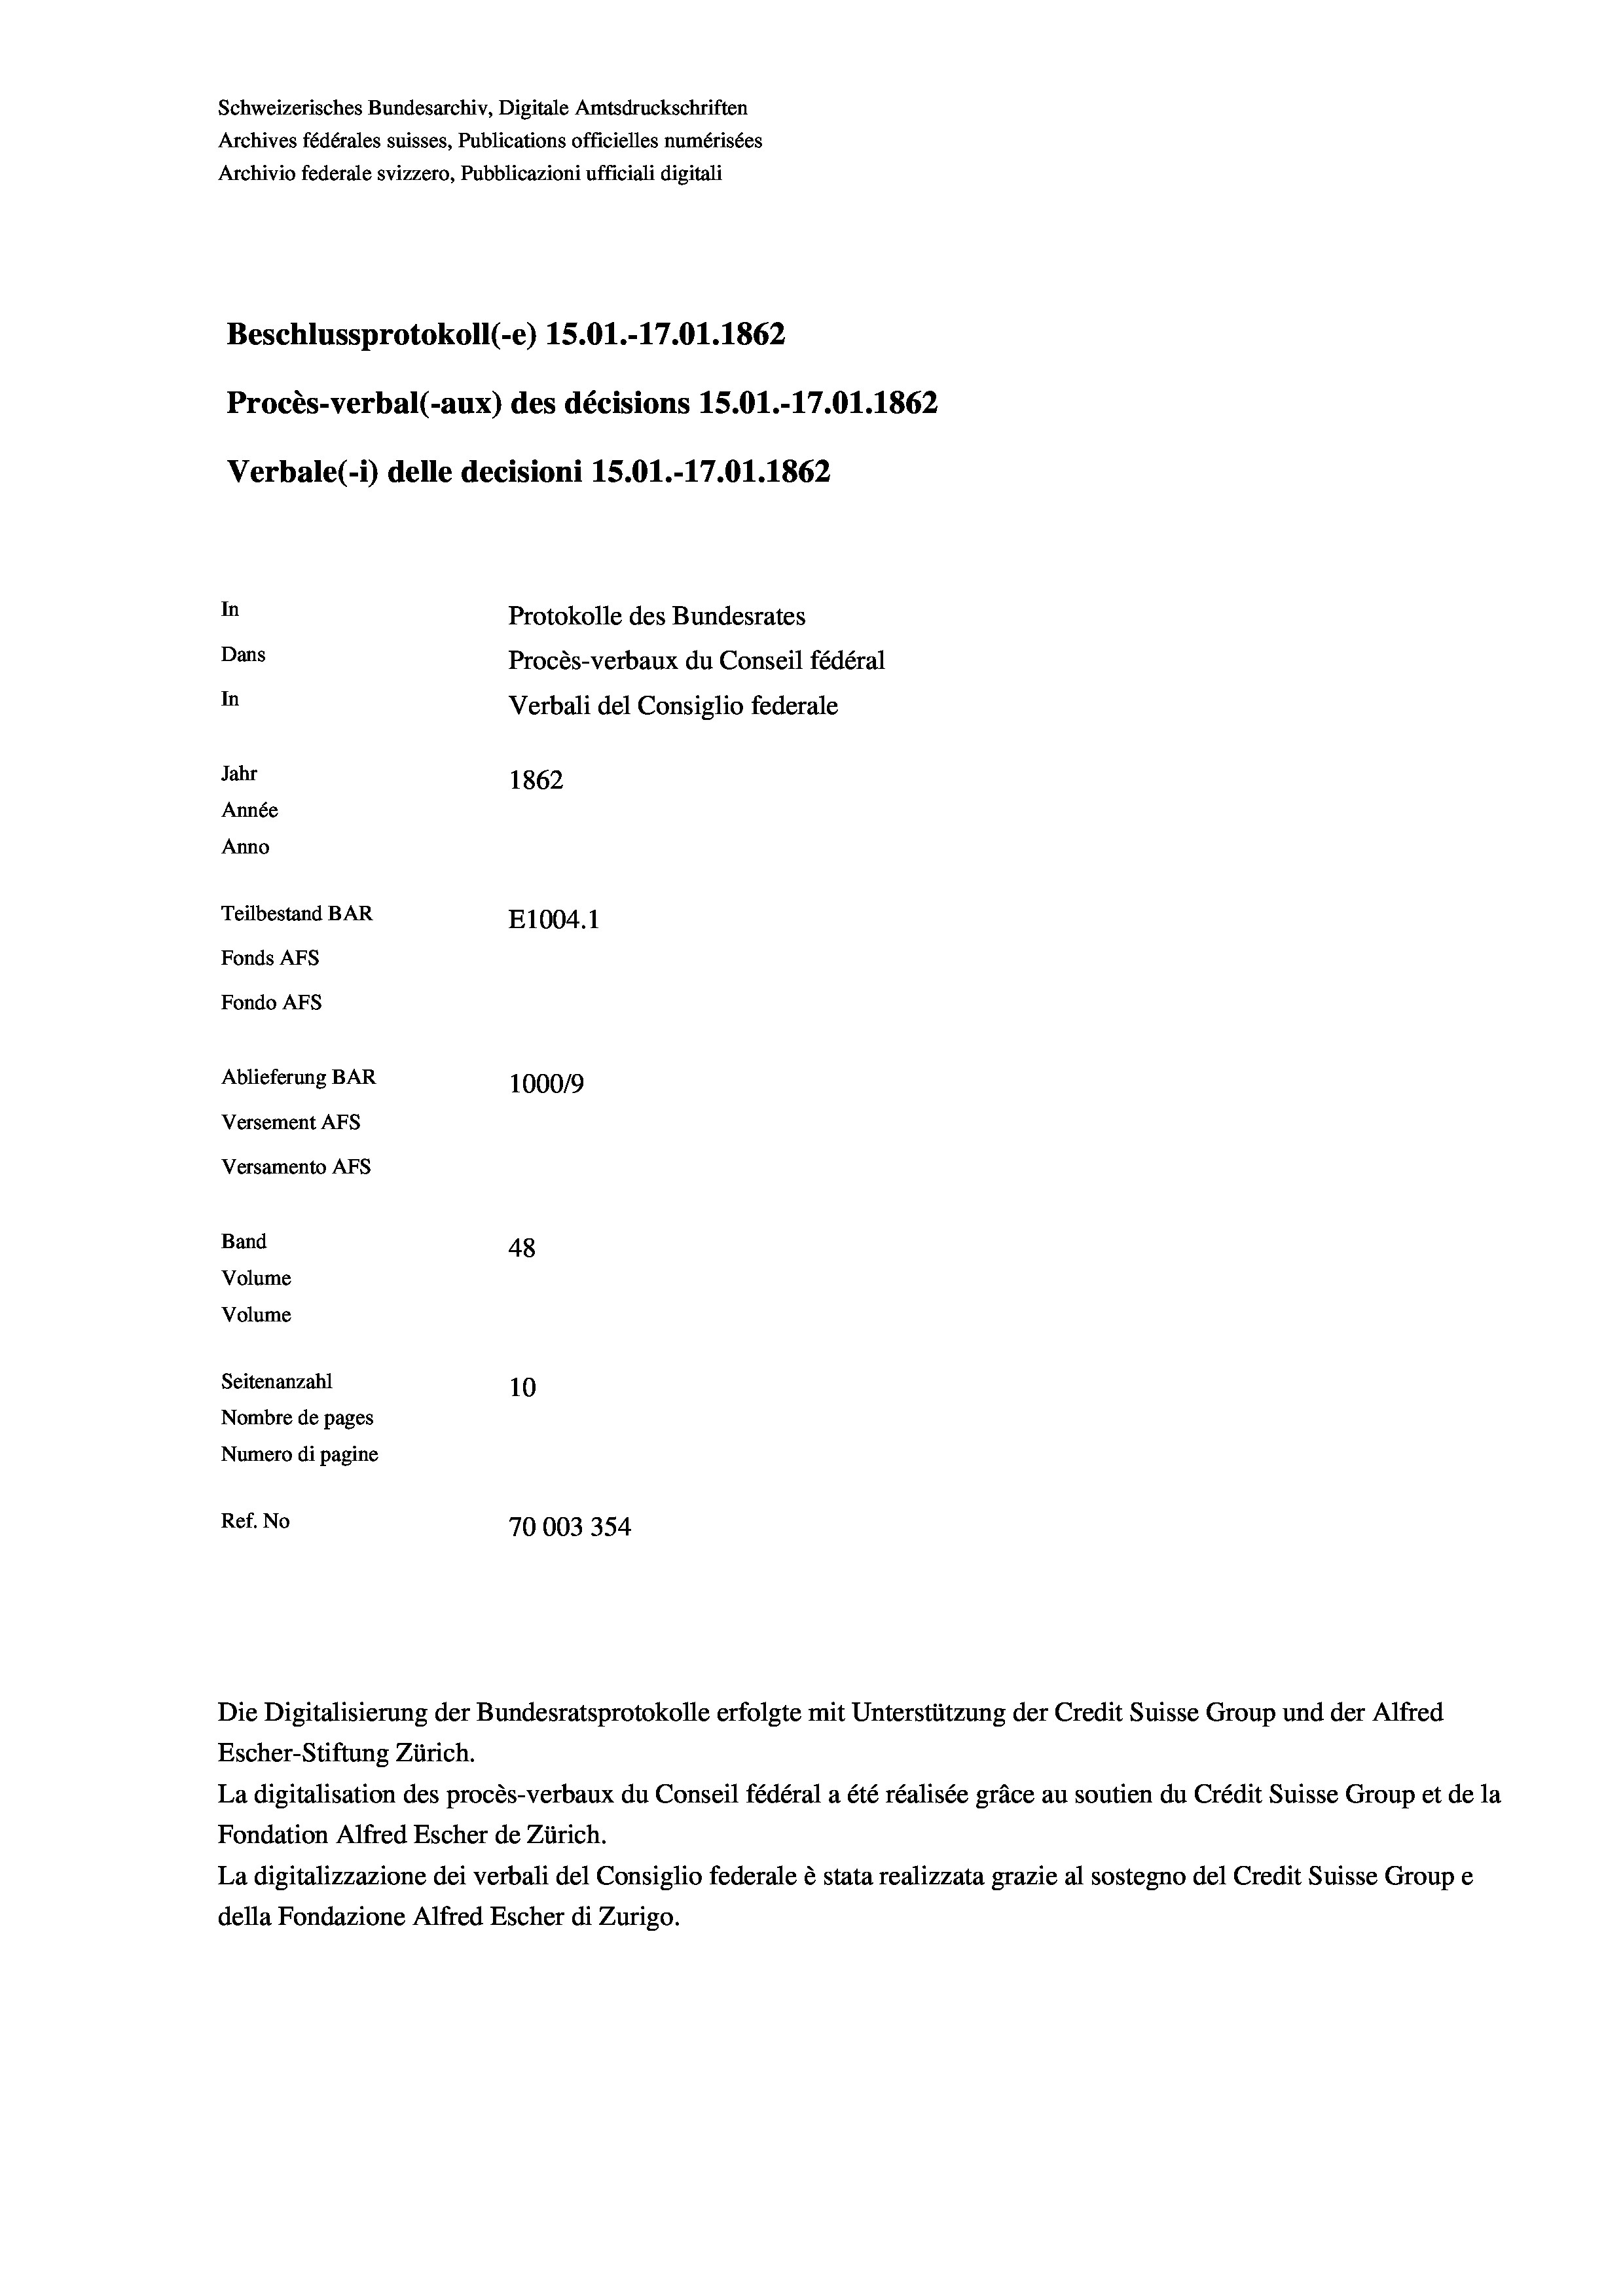
Schweizerisches Bundesarchiv, Digitale Amtsdruckschriften
Archives fédérales suisses, Publications officielles numérisées
Archivio federale svizzero, Pubblicazioni ufficiali digitali
Beschlussprotokoll (-e) 15.01.-17.01. 1862
Procès-verbal (-aux) des décisions 15.01.-17.01.1862
Verbale (1) delle decisioni 15.01.-17.01. 1862
In
Protokolle des Bundesrates
Dans
Procès-verbaux du Conseil fédéral
In
Verbali del Consiglio federale
Jahr
1862
Année
Anno
Teilbestand BAR
E1004. 1
Fonds AFs
Fondo AFs
Ablieferung BAR
100019
Versement AFs
Versamento AFs
Band
48

Seitenanzahl
10
Nombre de pages
Numero di pagine
Ref. No
70003354

Volume
Volume

Escher-Stiftung Zürich.
La digitalisation des procès-verbaux du Conseil fédéral a été réalisée gräce au soutien du Crédit Suisse Group et de la
Fondation Alfred Escher de Zürich.
La digitalizzazione dei verbali del Consiglio federale è stata realizzata grazie al sostegno del Credit Suisse Groupe
della Fondazione Alfred Escher di Zurigo.

Die Digitalisierung der Bundesratsprotokolle erfolgte mit Unterstützung der Credit Suisse Group und der Alfred